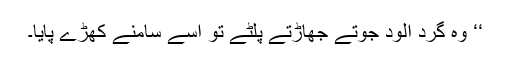
‘‘ وہ گرد آلود جوتے جھاڑتے پلٹے تو اسے سامنے کھڑے پایا۔